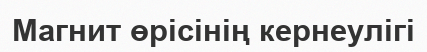
Магнит өрісінің кернеулігі